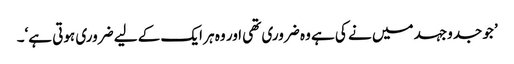
’جو جدوجہد میں نے کی ہے وہ ضروری تھی اور وہ ہر ایک کے لیے ضروری ہوتی ہے‘۔